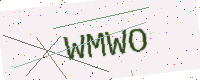
Text: WMWO